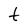
Character: t